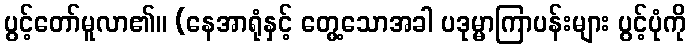
ပွင့်တော်မူလာ၏။ (နေအာရုံနှင့် တွေ့သောအခါ ပဒုမ္မာကြာပန်းများ ပွင့်ပုံကို